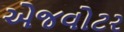
એજવોટર